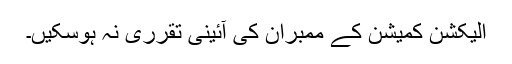
الیکشن کمیشن کے ممبران کی آئینی تقرری نہ ہوسکیں۔